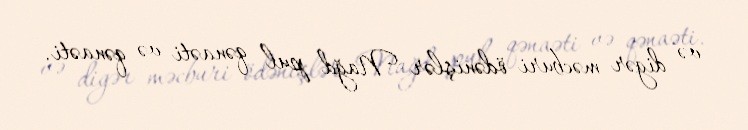
və digər məcburi ödənişlər Nağd pul qənaəti və qənaəti.